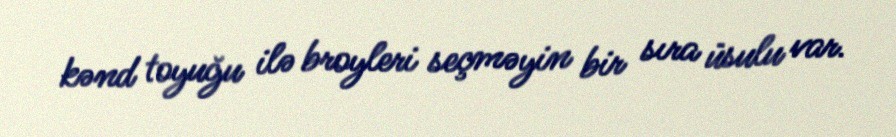
kənd toyuğu ilə broyleri seçməyin bir sıra üsulu var.